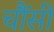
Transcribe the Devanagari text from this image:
चौंसी